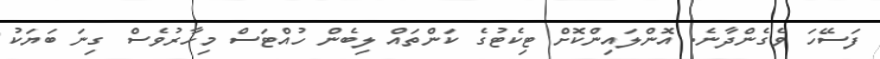
ފަސޭހަ ވެގެންދާނެ. އޮންލައިންކޮށް ޓިކެޓުގެ ކަންތައް ލިބެން ހުއްޓަސް މިހާރުވެސް ގިނަ ބަޔަކު